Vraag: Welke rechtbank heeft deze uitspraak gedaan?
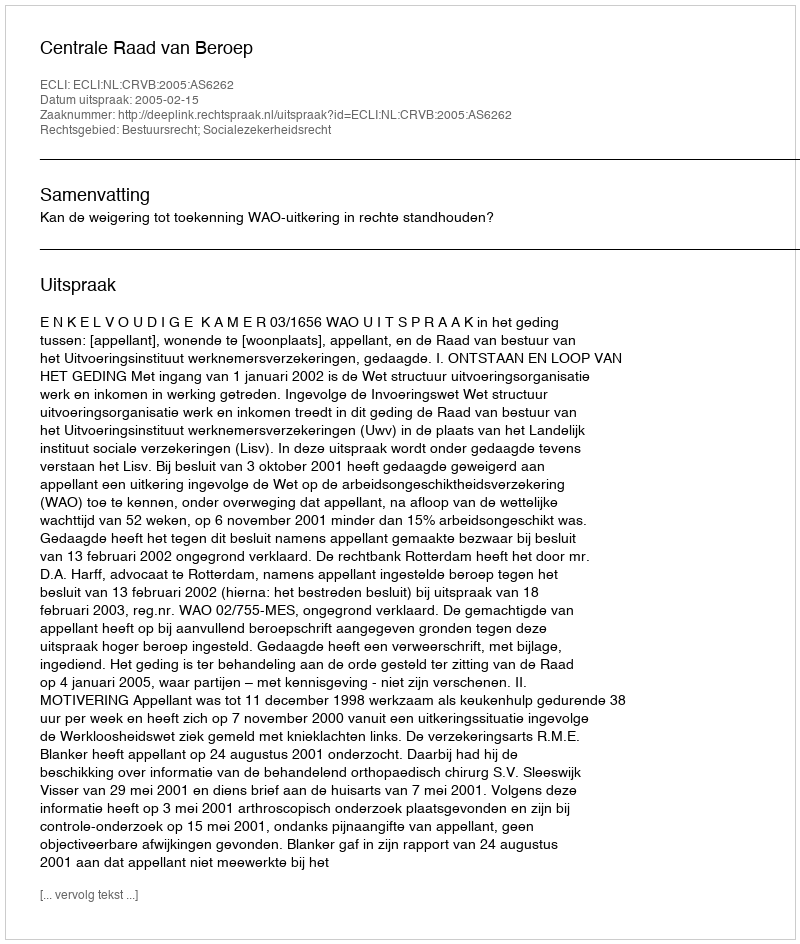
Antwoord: Centrale Raad van Beroep